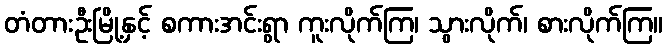
တံတားဦးမြို့နှင့် စကားအင်းရွာ ကူးလိုက်ကြ၊ သွားလိုက်၊ စားလိုက်ကြ။